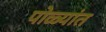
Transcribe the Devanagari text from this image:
पोळ्यांत